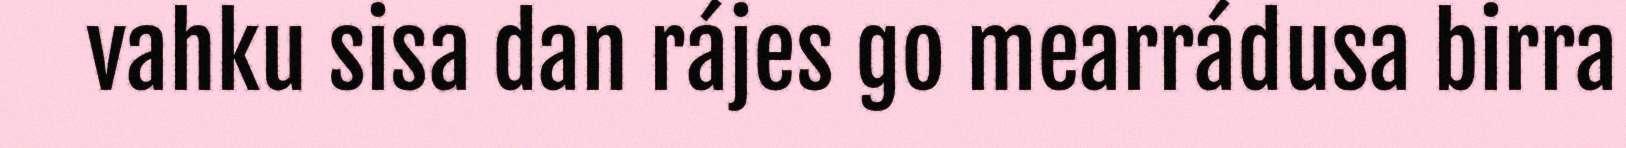
vahku sisa dan rájes go mearrádusa birra